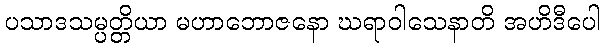
ပသာဒသမ္ပတ္တိယာ မဟာဘောဇနော ဃရာဝါသေနာတိ အဟိဒီပေါ